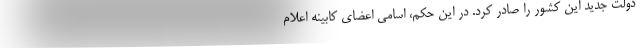
دولت جدید این کشور را صادر کرد. در این حکم، اسامی اعضای کابینه اعلام